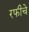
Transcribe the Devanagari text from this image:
रफीचे